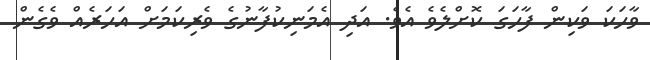
ވާހަކަ ވަކިން ފާހަގަ ކޮށްލެވެ އެވެ. އަދި އެމަނިކުފާނުގެ ވެރިކަމަށް އަހަރެއް ވެގެން